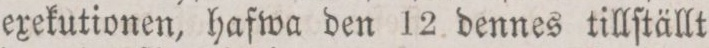
exekutionen, hafwa den 12 dennes tillſtällt